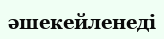
әшекейленеді